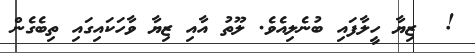
!  ޒިޔާ ހީލާފައި ބުނެލިއެވެ. ލޫތު އާއި ޒިޔާ ވާހަކައިގައި ތިބެގެން